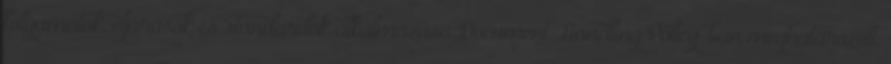
folyamatok, eljárások és standardok alkalmazása Document Handling Policy-ban meghatározott,